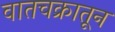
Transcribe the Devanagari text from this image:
वातचक्रातून